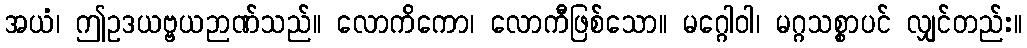
အယံ၊ ဤဥဒယဗ္ဗယဉာဏ်သည်။ လောကိကော၊ လောကီဖြစ်သော။ မဂ္ဂေါဝါ၊ မဂ္ဂသစ္စာပင် လျှင်တည်း။